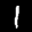
Label: 1